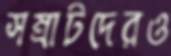
সম্রাটদেরও